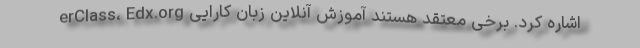
erClass، Edx.org اشاره کرد. برخی معتقد هستند آموزش آنلاین زبان کارایی